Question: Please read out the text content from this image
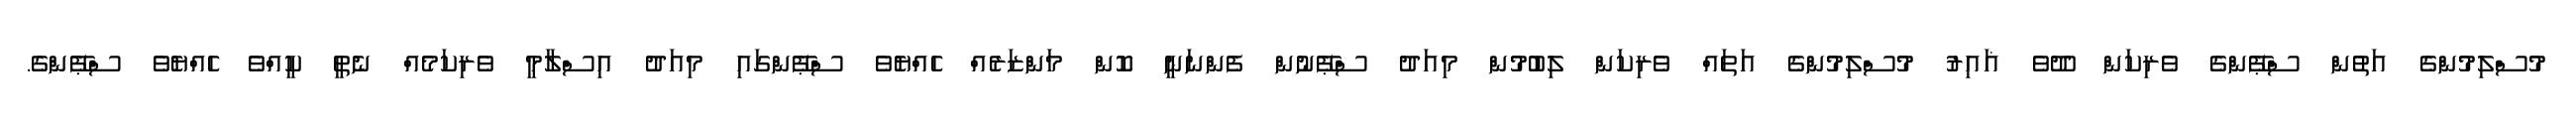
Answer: މުސްލިމުންގެ އަތުން ސްޕޭންގެ ވެރިކަން ދޫވެ ޣައިރު މުސްލިމުންގެ އަތައް ވެރިކަން ލިބުމުން މިއަދު ސްޕޭނުން ފެންނަނީ ކޮން މަންޒަރެއް ހެއްޔެވެ ސްޕޭންގައި މިއަދު އިސްލާމީ ވެރިކަމެއް ނެތީ ކީއްވެ ހެއްޔެވެ ސްޕޭންގެ.